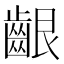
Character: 齦